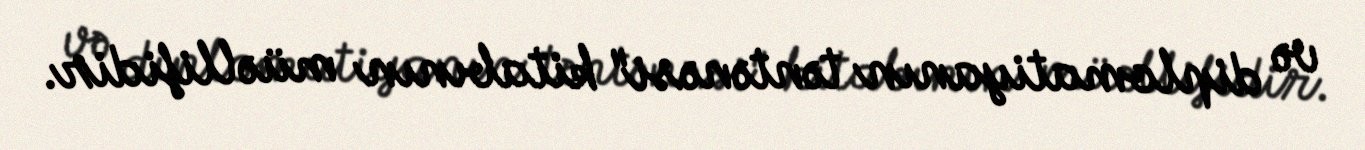
və diplomatiyanın təntənəsi" kitabının müəllifidir.